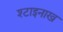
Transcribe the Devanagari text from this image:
श्टाइनाख